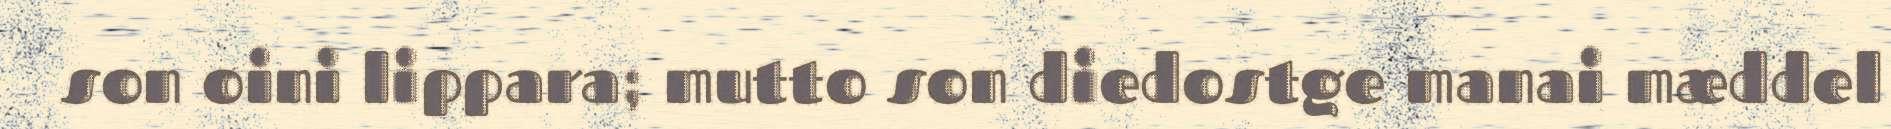
son oini lippara; mutto son diedostge manai mæddel